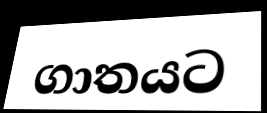
ගාතයට